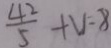
\frac { 4 2 } { 5 } + u = 8